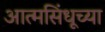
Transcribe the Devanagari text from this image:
आत्मसिंधूच्या